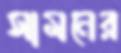
সামনের